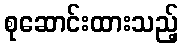
စုဆောင်းထားသည့်